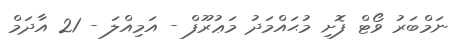
ނަމްބަރު ވޯޓް ފޮށި މުޙައްމަދު މަޢުރޫފް - އަމިއްލަ - 21 އާދަމް